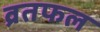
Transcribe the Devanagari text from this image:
व्रतफल